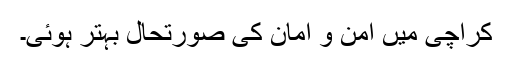
کراچی میں امن و امان کی صورتحال بہتر ہوئی۔